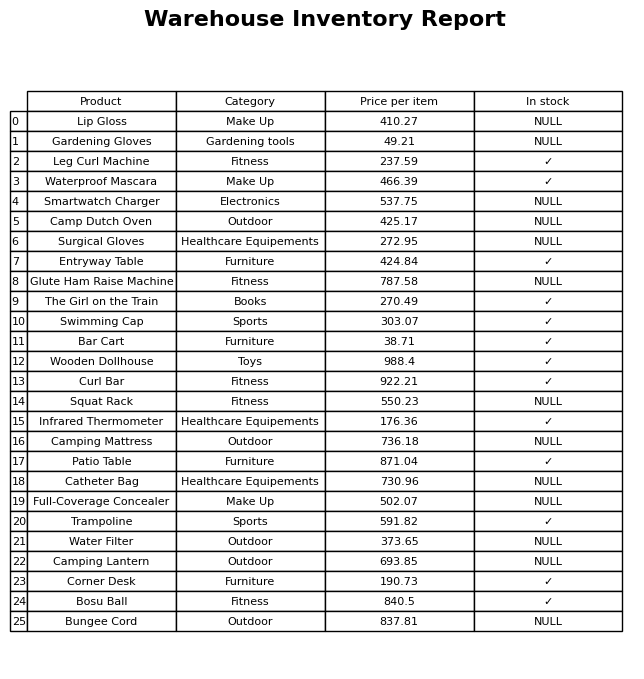
question: What is the price for Camping Lantern?
answer: The price of Camping Lantern is 693.85.